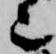
也